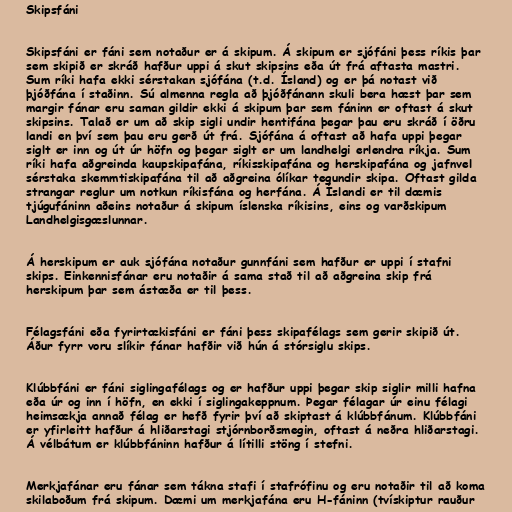
Skipsfáni

Skipsfáni er fáni sem notaður er á skipum. Á skipum er sjófáni þess ríkis þar
sem skipið er skráð hafður uppi á skut skipsins eða út frá aftasta mastri.
Sum ríki hafa ekki sérstakan sjófána (t.d. Ísland) og er þá notast við
þjóðfána í staðinn. Sú almenna regla að þjóðfánann skuli bera hæst þar sem
margir fánar eru saman gildir ekki á skipum þar sem fáninn er oftast á skut
skipsins. Talað er um að skip sigli undir hentifána þegar þau eru skráð í öðru
landi en því sem þau eru gerð út frá. Sjófána á oftast að hafa uppi þegar
siglt er inn og út úr höfn og þegar siglt er um landhelgi erlendra ríkja. Sum
ríki hafa aðgreinda kaupskipafána, ríkisskipafána og herskipafána og jafnvel
sérstaka skemmtiskipafána til að aðgreina ólíkar tegundir skipa. Oftast gilda
strangar reglur um notkun ríkisfána og herfána. Á Íslandi er til dæmis
tjúgufáninn aðeins notaður á skipum íslenska ríkisins, eins og varðskipum
Landhelgisgæslunnar.

Á herskipum er auk sjófána notaður gunnfáni sem hafður er uppi í stafni
skips. Einkennisfánar eru notaðir á sama stað til að aðgreina skip frá
herskipum þar sem ástæða er til þess.

Félagsfáni eða fyrirtækisfáni er fáni þess skipafélags sem gerir skipið út.
Áður fyrr voru slíkir fánar hafðir við hún á stórsiglu skips.

Klúbbfáni er fáni siglingafélags og er hafður uppi þegar skip siglir milli hafna
eða úr og inn í höfn, en ekki í siglingakeppnum. Þegar félagar úr einu félagi
heimsækja annað félag er hefð fyrir því að skiptast á klúbbfánum. Klúbbfáni
er yfirleitt hafður á hliðarstagi stjórnborðsmegin, oftast á neðra hliðarstagi.
Á vélbátum er klúbbfáninn hafður á lítilli stöng í stefni.

Merkjafánar eru fánar sem tákna stafi í stafrófinu og eru notaðir til að koma
skilaboðum frá skipum. Dæmi um merkjafána eru H-fáninn (tvískiptur rauður